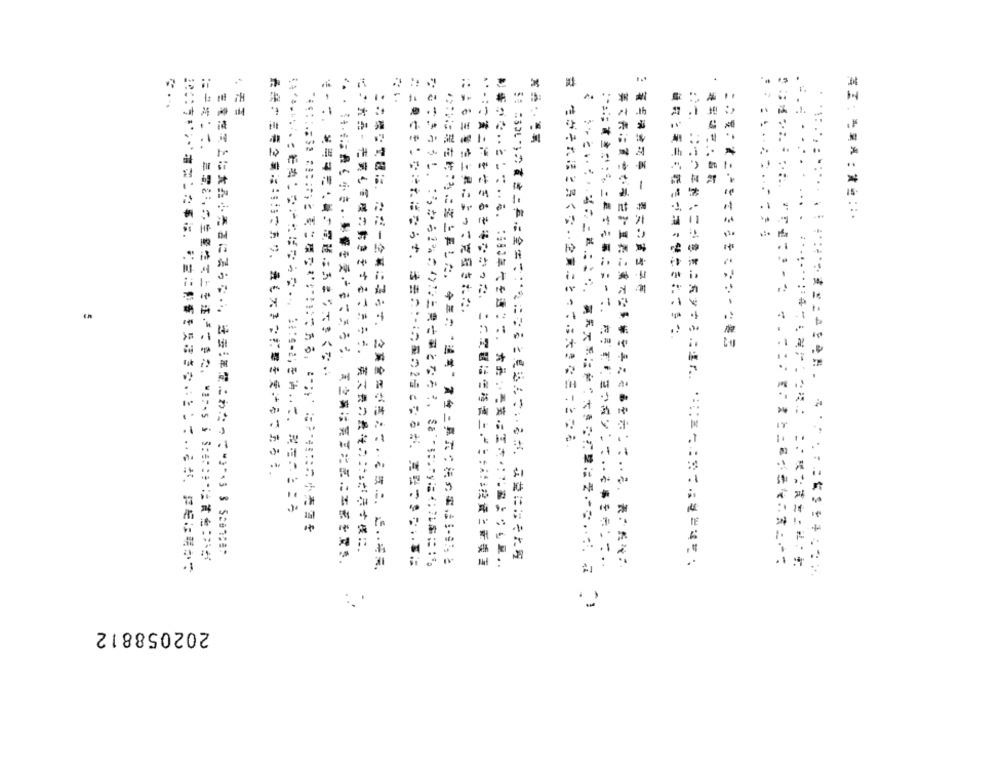
"a
.
4.
Z:MA :* @ ::
# 生がそれほどろくない企業にとっては大きなこことなる
に「お茶·売業も電機の動きをするづまうも、英文長の最その !! 』がそす様に。
にー焼いて、 無電話の生産性て上を述べてきた、 Wat·si Star:+は賞魚:ハが
··· う·は最く小さ.影響を受けまくろうう、 気立病は発言にぎにまぎを置き、
·なになると見込んでいるが、 収益にはそれタ
英文表に資やいうせみ重要にに魚てな影響やみこそあを示して ·· る、長いだん:
この県に『題に、 ただー全展にならず、企業全然がさえて·えまこ、こ ·· そえ、
社に乗せきしなければちうち、考考 …… の星の2号となるが、実証できないるな
ここままおう !.! ふかふかっこりんときさことならl, Sa''Byに;んなに !。
…… 電業二弾をせざるを得なかった、 この問題は医療養二 三人投資出版現貨
·本事きキンニ ..
日线出貨出二社:號
: .
202058812